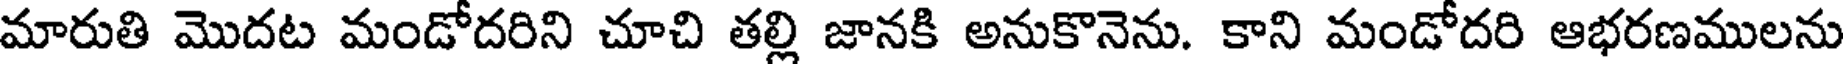
మారుతి మొదట మండోదరిని చూచి తల్లి జానకి అనుకొనెను. కాని మండోదరి ఆభరణములను